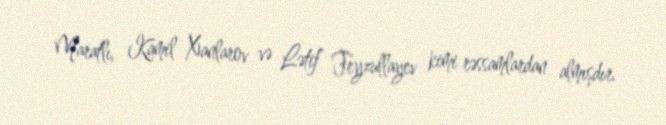
Maratlı, Kamil Xanlarov və Lətif Feyzullayev kimi rəssamlardan almışdır.